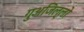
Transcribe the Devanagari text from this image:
गुअजिल्लो